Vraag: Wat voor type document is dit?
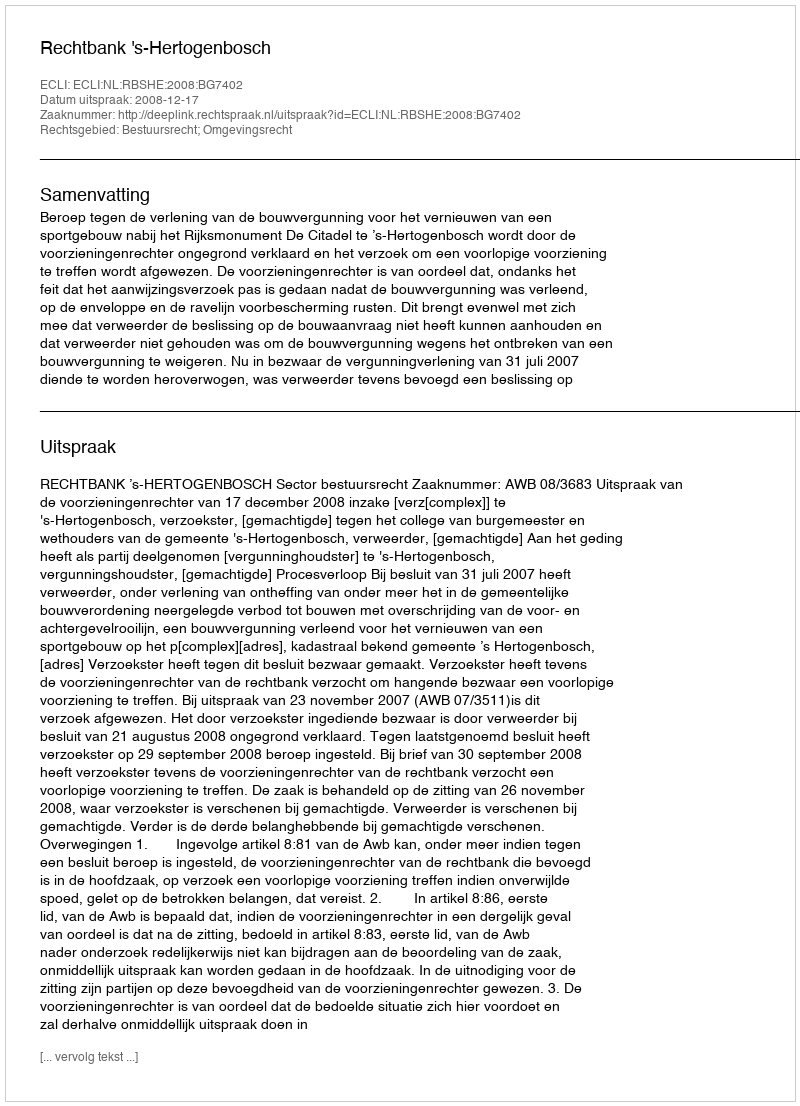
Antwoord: Uitspraak